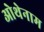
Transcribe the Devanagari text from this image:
ओथेनाम